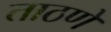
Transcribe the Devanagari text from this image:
ताठणे